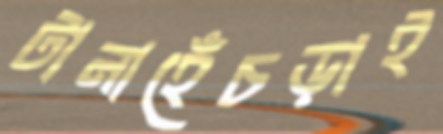
টানাহেঁচড়াই